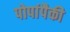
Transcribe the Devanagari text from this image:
पोपांपैकी